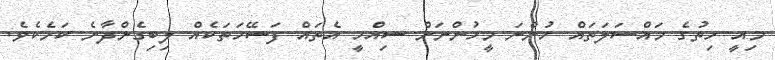
މިއީ ހިތުގެ މައްސަލަތައް ހުންނަ މީހުންނަށް ސިއްހީ އެތައް ފަސޭހަތަކެއް ލިބިގެންދާނެ ކަމެކެވެ.